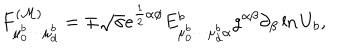
F _ { \mu _ { 0 } ^ { b } \cdots \mu _ { d } ^ { b } } ^ { ( \cal M ) } = \mp \sqrt { \sigma } e ^ { \frac { 1 } { 2 } \alpha \phi } E _ { \mu _ { 0 } ^ { b } \cdots \mu _ { d } ^ { b } \alpha } ^ { b } g ^ { \alpha \beta } \partial _ { \beta } \ln U _ { b } ,